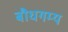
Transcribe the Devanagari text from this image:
बौधगम्य